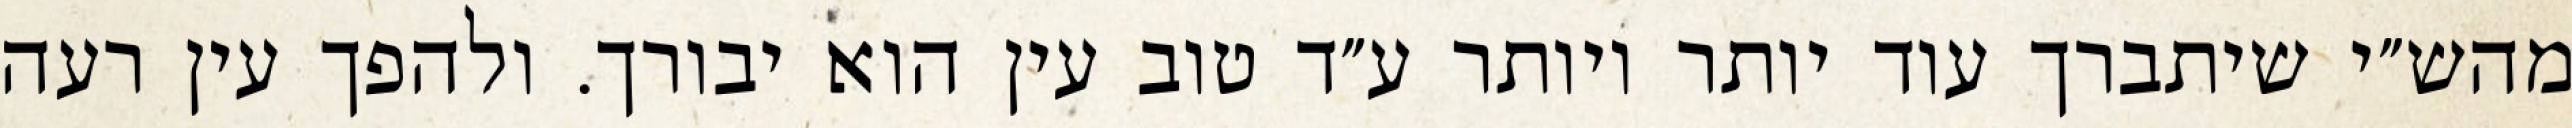
מהש״י שיתברך עוד יותר ויותר ע״ד טוב עין הוא יבורך. ולהפך עין רעה